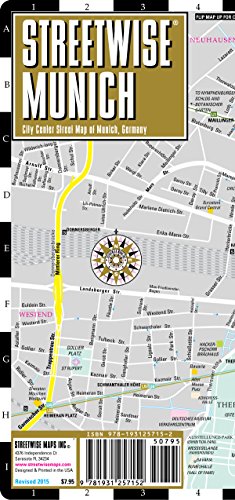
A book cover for Streetwise Munich Map - Laminated City Center Street Map of Munich, Germany - Folding pocket size travel map with metro map including S-Bahn & U-Bahn; Streetwise Maps; Travel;